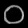
Digit: ၀